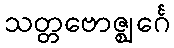
သတ္တဗောဇ္ဈင်္ဂေ